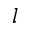
l